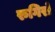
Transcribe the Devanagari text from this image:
रुगिरो